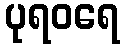
ပုရဝရေ